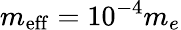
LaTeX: m_{\mathrm{eff}}=10^{-4}m_{e}